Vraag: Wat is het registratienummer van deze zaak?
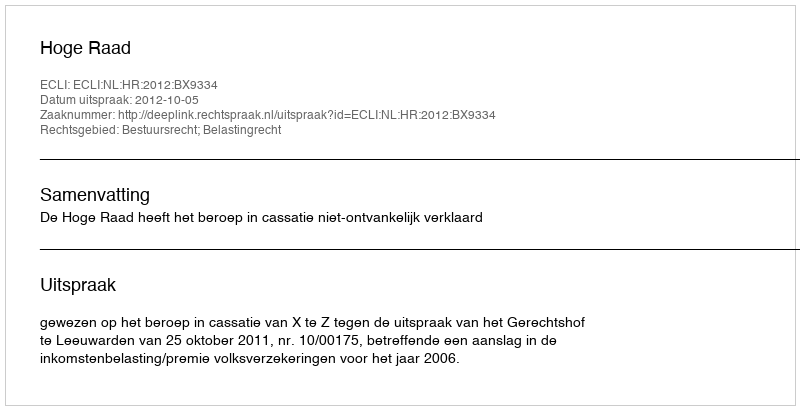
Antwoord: http://deeplink.rechtspraak.nl/uitspraak?id=ECLI:NL:HR:2012:BX9334